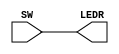
module lab1 (
    SW, LEDR
);
    input [17:0] SW;
    output [17:0] LEDR;

    assign LEDR = SW;
endmodule